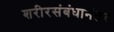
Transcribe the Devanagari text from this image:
शरीरसंबंधानंतर